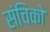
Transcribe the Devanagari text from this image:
संचिको